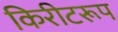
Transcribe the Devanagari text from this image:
किरीटरूप